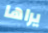
يراها